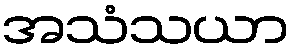
အသံသယာ